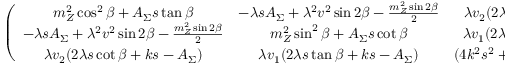
\left( \begin{array} { c c c } { { m _ { Z } ^ { 2 } \cos ^ { 2 } \beta + A _ { \Sigma } s \tan \beta } } & { { - \lambda s A _ { \Sigma } + \lambda ^ { 2 } v ^ { 2 } \sin 2 \beta - { \frac { m _ { Z } ^ { 2 } \sin 2 \beta } { 2 } } } } & { { \lambda v _ { 2 } ( 2 \lambda s \cot \beta + k s - A _ { \Sigma } ) } } \\ { { - \lambda s A _ { \Sigma } + \lambda ^ { 2 } v ^ { 2 } \sin 2 \beta - { \frac { m _ { Z } ^ { 2 } \sin 2 \beta } { 2 } } } } & { { m _ { Z } ^ { 2 } \sin ^ { 2 } \beta + A _ { \Sigma } s \cot \beta } } & { { \lambda v _ { 1 } ( 2 \lambda s \tan \beta + k s - A _ { \Sigma } ) } } \\ { { \lambda v _ { 2 } ( 2 \lambda s \cot \beta + k s - A _ { \Sigma } ) } } & { { \lambda v _ { 1 } ( 2 \lambda s \tan \beta + k s - A _ { \Sigma } ) } } & { { ( 4 k ^ { 2 } s ^ { 2 } + k s a _ { k } ) - { \frac { \lambda A _ { \lambda } v ^ { 2 } \sin 2 \beta } { 2 s } } } } \end{array} \right) .